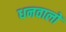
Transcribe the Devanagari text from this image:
धनवालों